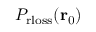
P _ { \mathrm { r l o s s } } ( \mathbf { r } _ { 0 } )